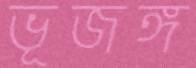
ভূজঙ্গ